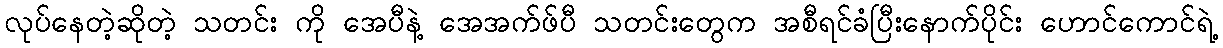
လုပ်နေတဲ့ဆိုတဲ့ သတင်း ကို အေပီနဲ့ အေအက်ဖ်ပီ သတင်းတွေက အစီရင်ခံပြီးနောက်ပိုင်း ဟောင်ကောင်ရဲ့